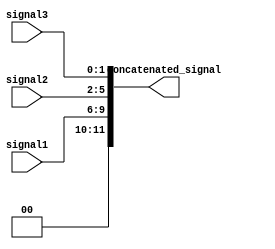
module concat_example (
    input [3:0] signal1,
    input [3:0] signal2,
    input [1:0] signal3,
    output [11:0] concatenated_signal
);

assign concatenated_signal = {signal1, signal2, signal3};

endmodule